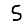
Digit: 5